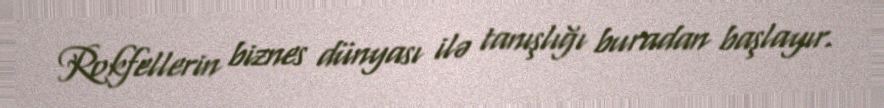
Rokfellerin biznes dünyası ilə tanışlığı buradan başlayır.